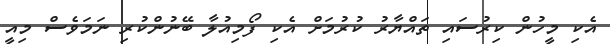
އެކި މީހުން ކިރުސައި ތައްޔާރު ކުރުމަށް އެކި ފޯމިއުލާ ބޭނުންކުރި ނަމަވެސް މިއީ